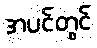
အပင်တွင်